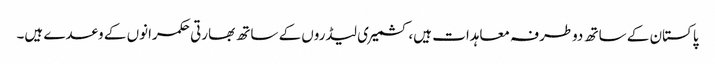
پاکستان کے ساتھ دوطرفہ معاہدات ہیں،کشمیری لیڈروں کے ساتھ بھارتی حکمرانوں کے وعدے ہیں۔